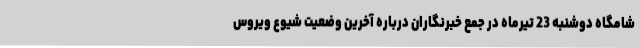
شامگاه دوشنبه 23 تیرماه در جمع خبرنگاران درباره آخرین وضعیت شیوع ویروس